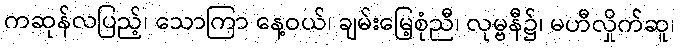
ကဆုန်လပြည့်၊ သောကြာ နေ့ဝယ်၊ ချမ်းမြေ့စုံညီ၊ လုမ္ဗနီ၌၊ မဟီလှိုက်ဆူ၊